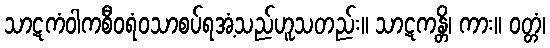
သာဋကံဝါကစီဝရံဝသာစပ်ရအံ့သည်ဟူသတည်း။ သာဋကန္တိ၊ ကား။ ဝတ္တံ၊